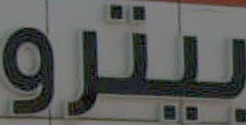
بيترو